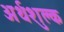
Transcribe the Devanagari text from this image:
अर्थशुल्क